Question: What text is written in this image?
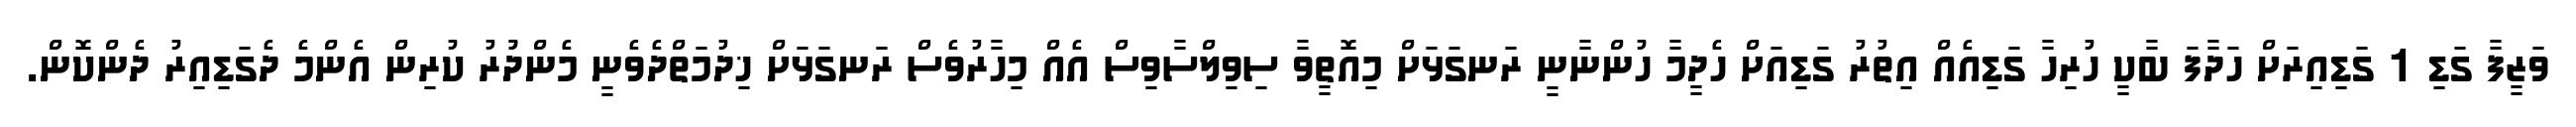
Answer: ވަޒީފާ ގަޑި 1 ގަޑިއިރަށް ހަދާފަ ބާކީ ހުރިހާ ގަޑިއެއް އިތުރު ގަޑިއަށް ހެދީމާ ހުންނާނީ ރަނގަޅަށް މިއޮތީވާ ސިވިލްސާވިސް އެއް މިހާރުވެސް ރަނގަޅަށް ޚިދުމަތްދެވެނީ މެންދުުރު ކުރިން އެންމެ ދެގަޑިއިރު ދެންކޮން.